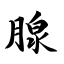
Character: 腺